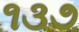
૧૩૭